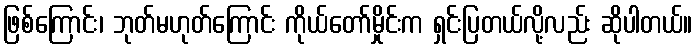
ဖြစ်ကြောင်း၊ ဘုတ်မဟုတ်ကြောင်း ကိုယ်တော်မှိုင်းက ရှင်းပြတယ်လို့လည်း ဆိုပါတယ်။